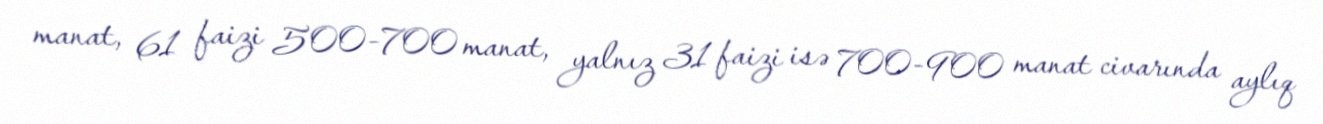
manat, 61 faizi 500-700 manat, yalnız 31 faizi isə 700-900 manat civarında aylıq